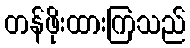
တန်ဖိုးထားကြသည်